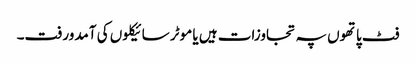
فٹ پاتھوں پہ تجاوزات ہیں یا موٹر سائیکلوں کی آمدورفت۔